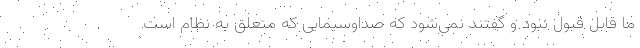
ما قابل قبول نبود و گفتند نمی‌شود که صداوسیمایی که متعلق به نظام است